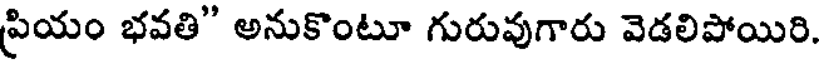
ప్రియం భవతి" అనుకొంటూ గురువుగారు వెడలిపోయిరి.